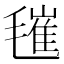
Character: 𣯧